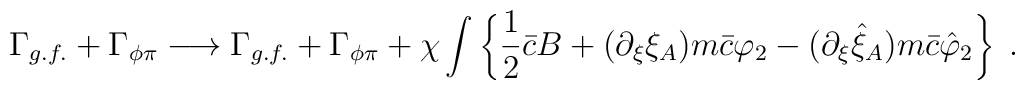
\Gamma_{g.f.} + \Gamma_{\phi\pi} \longrightarrow \Gamma_{g.f.} + \Gamma_{\phi\pi}+ \chi \int\left\{ \frac 12 \bar c B + (\partial_{\xi} \xi _A) m \bar c \varphi_2 -(\partial_{\xi} \hat \xi_A) m \bar c\hat \varphi _2  \right\} \; .